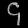
Digit: ၄